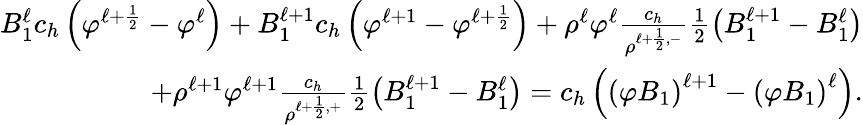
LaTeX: \begin{array}{r}{B_{1}^{\ell}c_{h}\left(\varphi^{\ell+\frac{1}{2}}-\varphi^{\ell}\right)+B_{1}^{\ell+1}c_{h}\left(\varphi^{\ell+1}-\varphi^{\ell+\frac{1}{2}}\right)+\rho^{\ell}\varphi^{\ell}\frac{c_{h}}{\rho^{\ell+\frac{1}{2},-}}\frac{1}{2}\left(B_{1}^{\ell+1}-B_{1}^{\ell}\right)}\\ {+\rho^{\ell+1}\varphi^{\ell+1}\frac{c_{h}}{\rho^{\ell+\frac{1}{2},+}}\frac{1}{2}\left(B_{1}^{\ell+1}-B_{1}^{\ell}\right)=c_{h}\left(\left(\varphi B_{1}\right)^{\ell+1}-\left(\varphi B_{1}\right)^{\ell}\right).}\end{array}